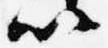
以